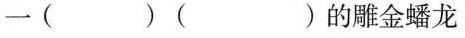
一( )( )的雕金蟠龙